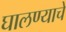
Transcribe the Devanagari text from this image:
घालण्‍याचे